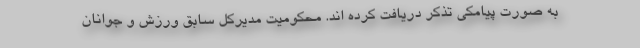
به صورت پیامکی تذکر دریافت کرده اند. محکومیت مدیرکل سابق ورزش و جوانان